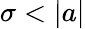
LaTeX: \sigma<|a|